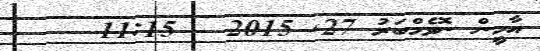
އާމީން ނޮވެމްބަރު 27